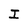
Character: I